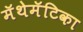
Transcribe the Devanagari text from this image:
मॅथेमॅटिका